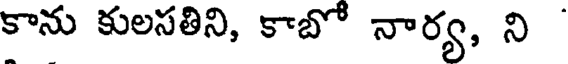
కాను కులసతిని, కాబో నార్య, ని